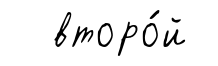
второ́й